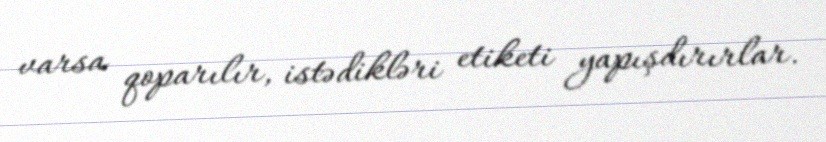
varsa qoparılır, istədikləri etiketi yapışdırırlar.